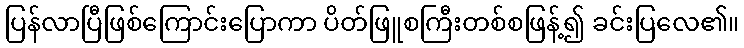
ပြန်လာပြီဖြစ်ကြောင်းပြောကာ ပိတ်ဖြူစကြီးတစ်စဖြန့်၍ ခင်းပြလေ၏။